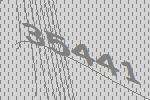
35441